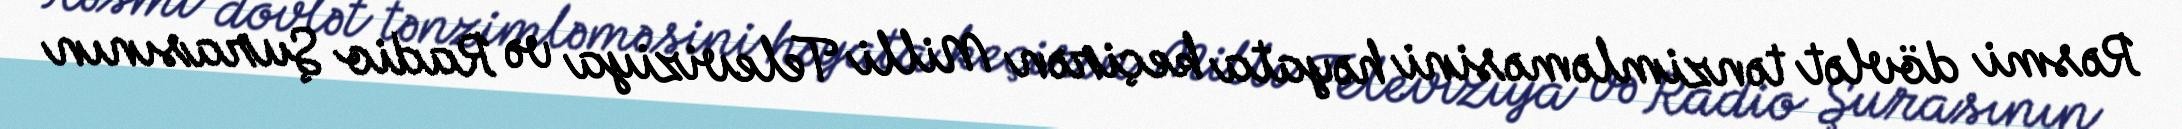
Rəsmi dövlət tənzimləməsini həyata keçirən Milli Televiziya və Radio Şurasının